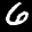
Label: 6